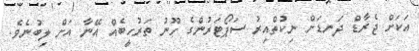
އަކަށް ޖެރާޑް ދަނޑަށް ނިކުތްއިރު ސަޕޯޓަރުންގެ ހޫނު ތަރުހީބެއް އޭނާ އަށް ލިބުނެވެ.